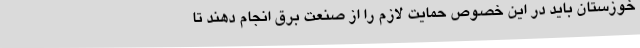
خوزستان باید در این خصوص حمایت لازم را از صنعت برق انجام دهند تا